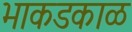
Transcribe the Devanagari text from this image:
भाकडकाळ